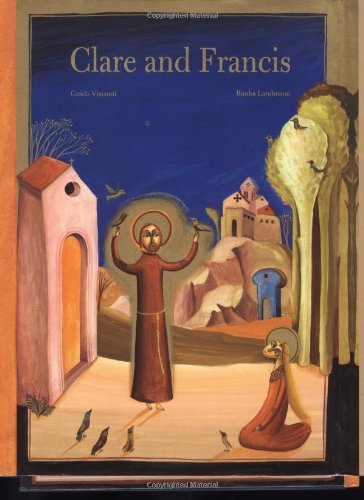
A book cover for Clare and Francis; Guido Visconti; Teen & Young Adult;